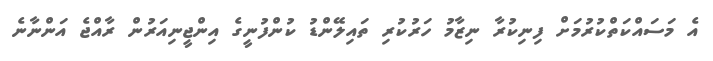
އެ މަސައްކަތްކުރުމަށް ފިނިކުރާ ނިޒާމު ހަރުކުރި ތައިލޭންޑު ކުންފުނީގެ އިންޖީނިއަރުން ރާއްޖެ އަންނާނެ